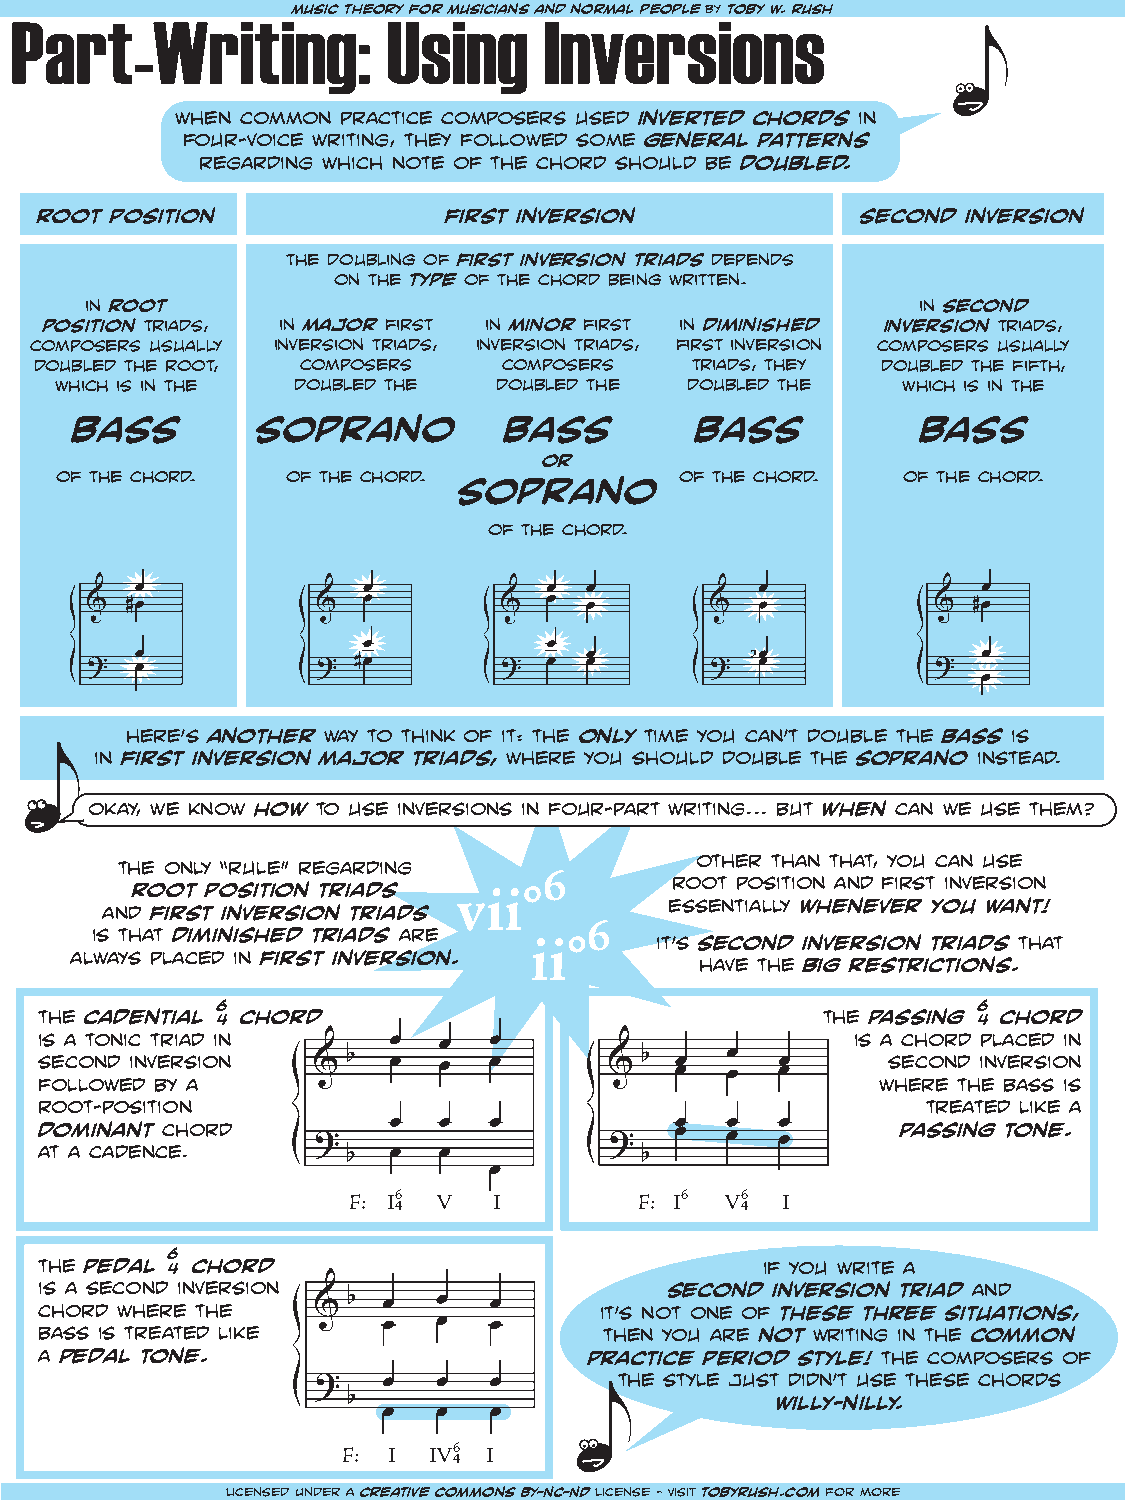
Part-Writimnusigc     th:e orUy fosr miunsicigans aIndn novrmael peroplse byi toobyn w. rsush
 when common practice composers used inverted chords in
 four-voice writing, they followed some general patterns
 regarding which note of the chord should be doubled.
 root position              first inversion             second inversion
 the doubling of first inversion triads depends
 on the type of the chord being written.
 in root                                                in second
 position triads, in major first in minor first in diminished inversion triads,
 composers usually inversion triads, inversion triads, first inversion composers usually
 doubled the root, composers    composers    triads, they doubled the fifth,
 which is in the doubled the  doubled the doubled the    which is in the
 bass        soprano         bass         bass           bass
 or
 of the chord.  of the chord.             of the chord.  of the chord.
 soprano
 of the chord.
 here’s another way to think of it: the only time you can’t double the bass is
 in first inversion major triads, where you should double the soprano instead.
 okay, we know how to use inversions in four-part writing... but when can we use them?
 other than that, you can use
 the only “rule” regarding
 6       root position and first inversion
 root position triads vii°
 and first inversion triads           essentially whenever you want!
 6
 is that diminished triads are ii°    it’s second inversion triads that
 always placed in first inversion.        have the big restrictions.
 6                                                  6
 the cadential 4 chord                              the passing 4 chord
 is a tonic triad in                                   is a chord placed in
 second inversion                                        second inversion
 followed by a                                          where the bass is
 root-position                                             treated like a
 dominant chord                                           passing tone.
 at a cadence.
 F: I6 V   I        F: I6 V6  I
 4                      4
 6
 the pedal 4 chord                               if you write a
 is a second inversion                    second inversion triad and
 chord where the                      it’s not one of these three situations,
 bass is treated like                 then you are not writing in the common
 a pedal tone.                       practice period style! the composers of
 the style just didn’t use these chords
 willy-nilly.
 F: I IV6 I
 4
 licensed under a creative commons BY-NC-ND license - visit tobyrush.com for more